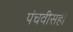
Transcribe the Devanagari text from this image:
पंचवीसही